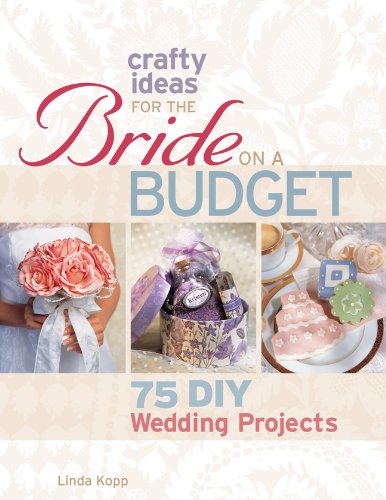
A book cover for Crafty Ideas for the Bride on a Budget: 75 DIY Wedding Projects; Linda Kopp; Crafts, Hobbies & Home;